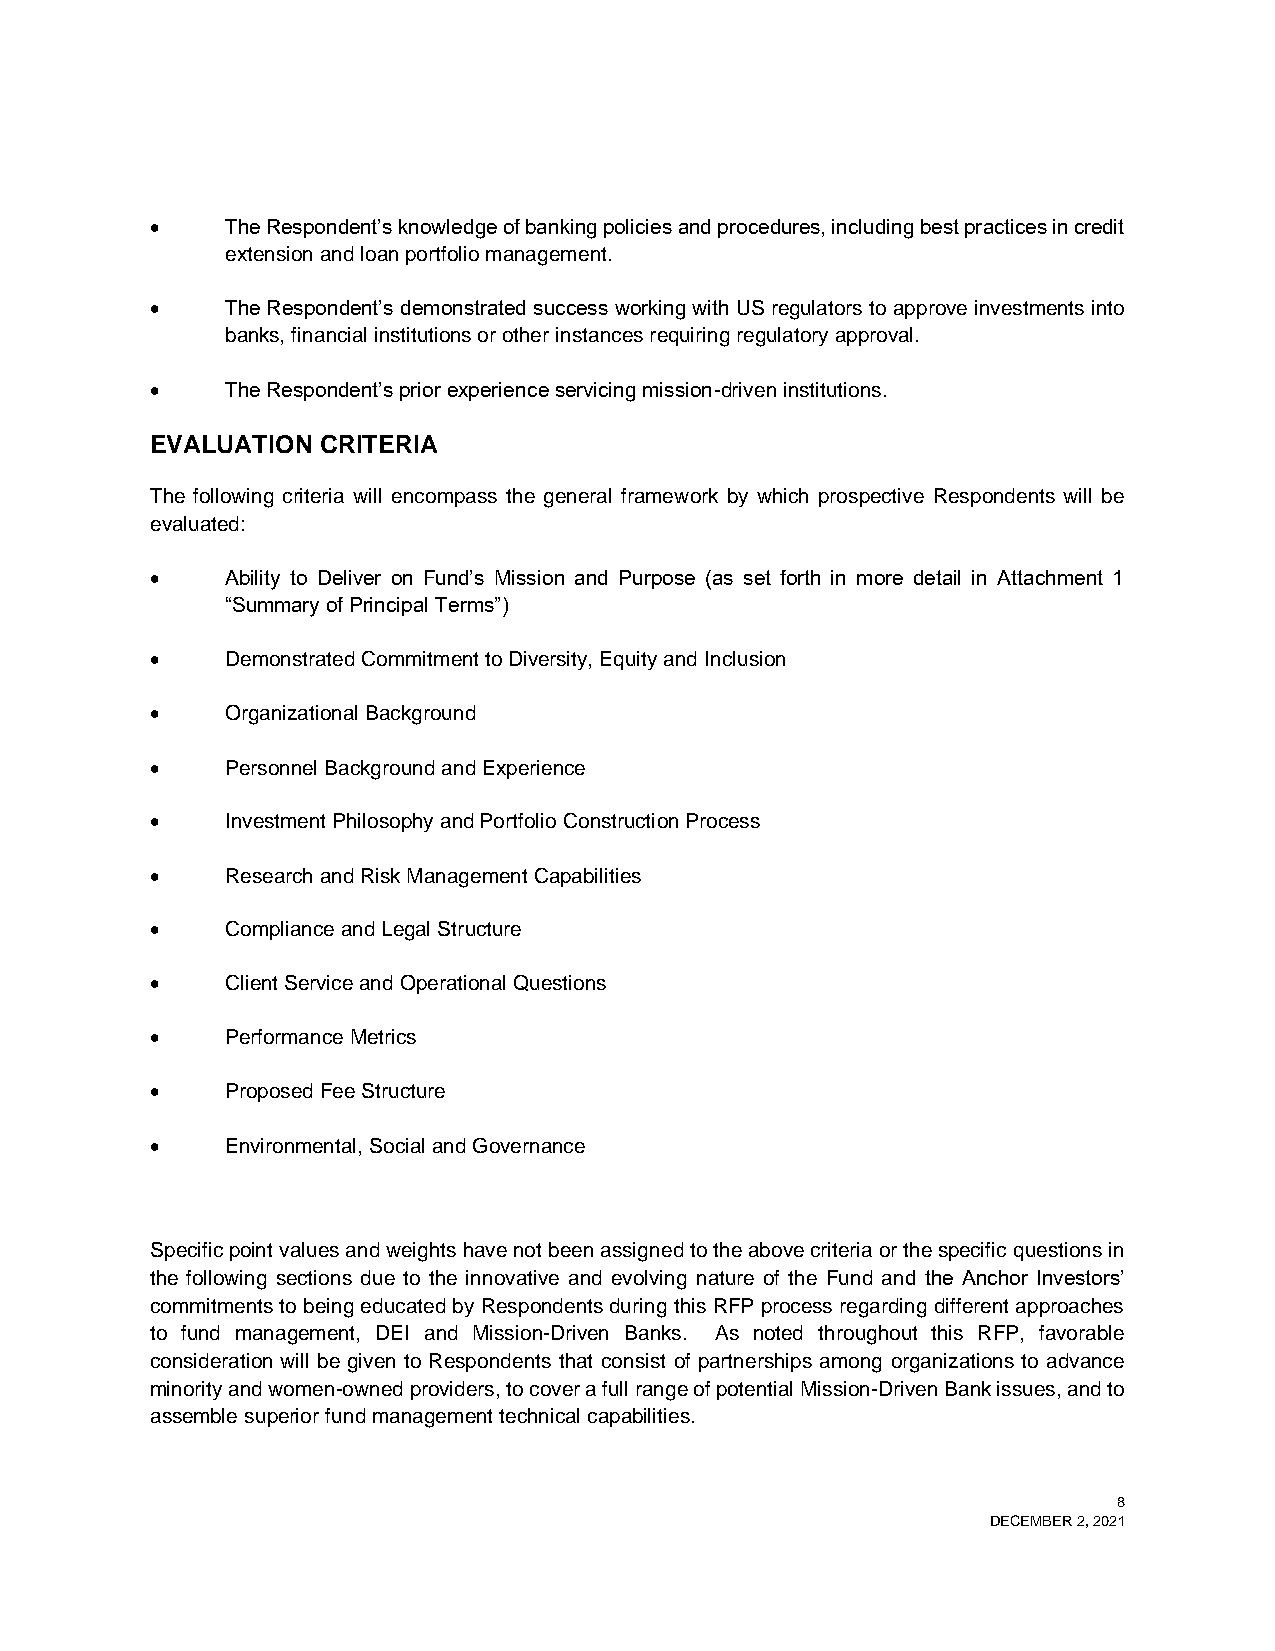
•    The Respondent’s knowledge of banking policies and procedures, including best practices in credit
 extension and loan portfolio management.
 •    The Respondent’s demonstrated success working with US regulators to approve investments into
 banks, financial institutions or other instances requiring regulatory approval.
 •    The Respondent’s prior experience servicing mission-driven institutions.
 EVALUATION CRITERIA
 The following criteria will encompass the general framework by which prospective Respondents will be
 evaluated:
 •    Ability to Deliver on Fund’s Mission and Purpose (as set forth in more detail in Attachment 1
 “Summary of Principal Terms”)
 •    Demonstrated Commitment to Diversity, Equity and Inclusion
 •    Organizational Background
 •    Personnel Background and Experience
 •    Investment Philosophy and Portfolio Construction Process
 •    Research and Risk Management Capabilities
 •    Compliance and Legal Structure
 •    Client Service and Operational Questions
 •    Performance Metrics
 •    Proposed Fee Structure
 •    Environmental, Social and Governance
 Specific point values and weights have not been assigned to the above criteria or the specific questions in
 the following sections due to the innovative and evolving nature of the Fund and the Anchor Investors’
 commitments to being educated by Respondents during this RFP process regarding different approaches
 to fund management, DEI and Mission-Driven Banks. As noted throughout this RFP, favorable
 consideration will be given to Respondents that consist of partnerships among organizations to advance
 minority and women-owned providers, to cover a full range of potential Mission-Driven Bank issues, and to
 assemble superior fund management technical capabilities.
 8
 DECEMBER 2, 2021